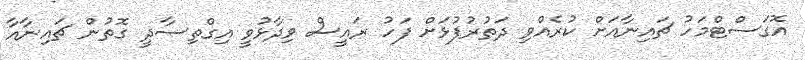
އޮގަސްޓްމަހު ޗައިނާއަށް ކުރެއްވި ދަތުރުފުޅަށް ފަހު ރައީސް ވިދާޅުވީ އިގްތިސާދީ ގޮތުން ޗައިނާއާ